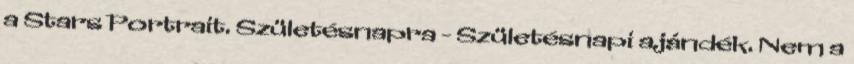
a Stars Portrait. Születésnapra - Születésnapi ajándék. Nem a